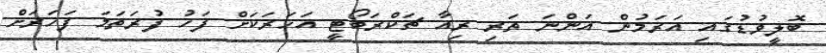
ބޮލީވުޑުގައި އަރަމުން އަންނަ ތަރި ރިއާ ޗަކްރަބޯޓީ އަހަރަކަށް ފަހު ފުރަތަމަ ފަހަރަށް